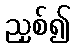
ညှစ်၍